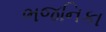
ભજનિકા